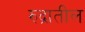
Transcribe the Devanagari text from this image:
रुद्रातील